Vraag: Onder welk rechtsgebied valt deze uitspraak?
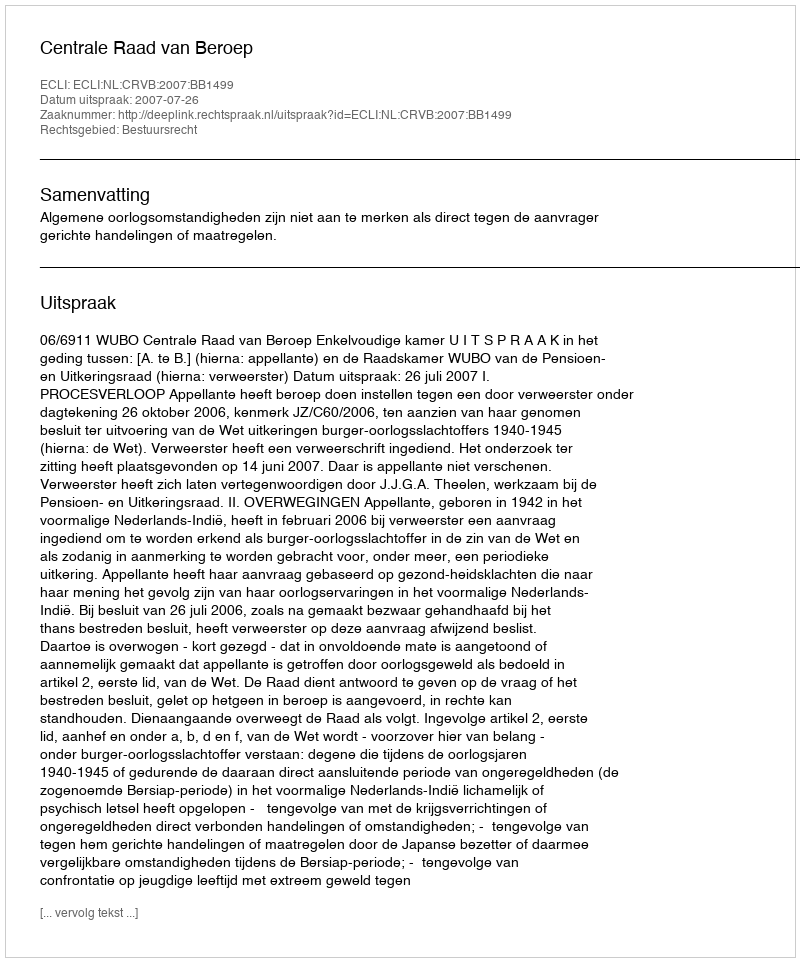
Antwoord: Bestuursrecht